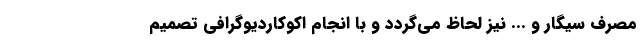
مصرف سیگار و ... نیز لحاظ می‌گردد و با انجام اکوکاردیوگرافی تصمیم